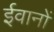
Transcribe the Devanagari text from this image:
ईवानों